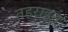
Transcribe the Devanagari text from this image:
तहराइन